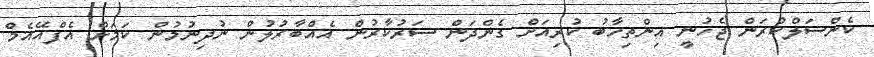
ކެންސަލްކުރަން ޖެހުނީ އިންތިހާބު ކުރިއަށް ގެންދަން ސަރުކާރުން އެއްބާރުލުން ނުދިނުމުން ކަމަށް އެފްއޭއެމް